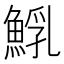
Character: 𩸐